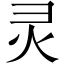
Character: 灵